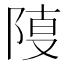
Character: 𨺎